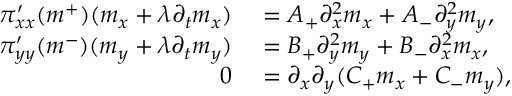
\begin{array} { r l } { \pi _ { x x } ^ { \prime } ( m ^ { + } ) ( m _ { x } + \lambda \partial _ { t } m _ { x } ) } & { { } = A _ { + } \partial _ { x } ^ { 2 } m _ { x } + A _ { - } \partial _ { y } ^ { 2 } m _ { y } , } \\ { \pi _ { y y } ^ { \prime } ( m ^ { - } ) ( m _ { y } + \lambda \partial _ { t } m _ { y } ) } & { { } = B _ { + } \partial _ { y } ^ { 2 } m _ { y } + B _ { - } \partial _ { x } ^ { 2 } m _ { x } , } \\ { 0 } & { { } = \partial _ { x } \partial _ { y } ( C _ { + } m _ { x } + C _ { - } m _ { y } ) , } \end{array}